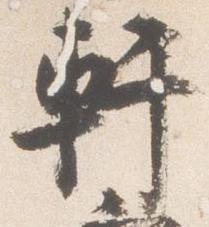
軒